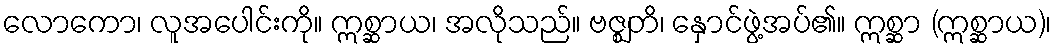
လောကော၊ လူအပေါင်းကို။ ဣစ္ဆာယ၊ အလိုသည်။ ဗဇ္ဈတိ၊ နှောင်ဖွဲ့အပ်၏။ ဣစ္ဆာ (ဣစ္ဆာယ)၊